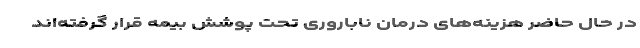
در حال حاضر هزینه‌های درمان ناباروری تحت پوشش بیمه قرار گرفته‌اند